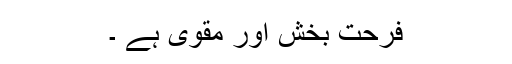
فرحت بخش اور مقوی ہے ۔